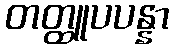
တတ္ထူပပန္နာ